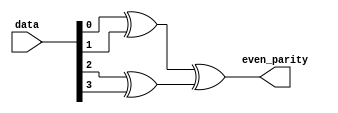
module parity(
    input [3:0] data,
    output even_parity
);

reg [1:0] D;

always @(*)
begin
    D[0] = data[0] ^ data[1];
    D[1] = data[2] ^ data[3];
end

assign even_parity = D[0] ^ D[1];
// add_parity even_parity = ~(D[0] ^ D[1]);
endmodule